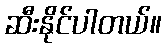
ဆီးနိုင်ပါတယ်။